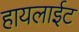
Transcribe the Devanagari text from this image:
हायलाईट